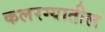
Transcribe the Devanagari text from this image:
कलरग्यातील